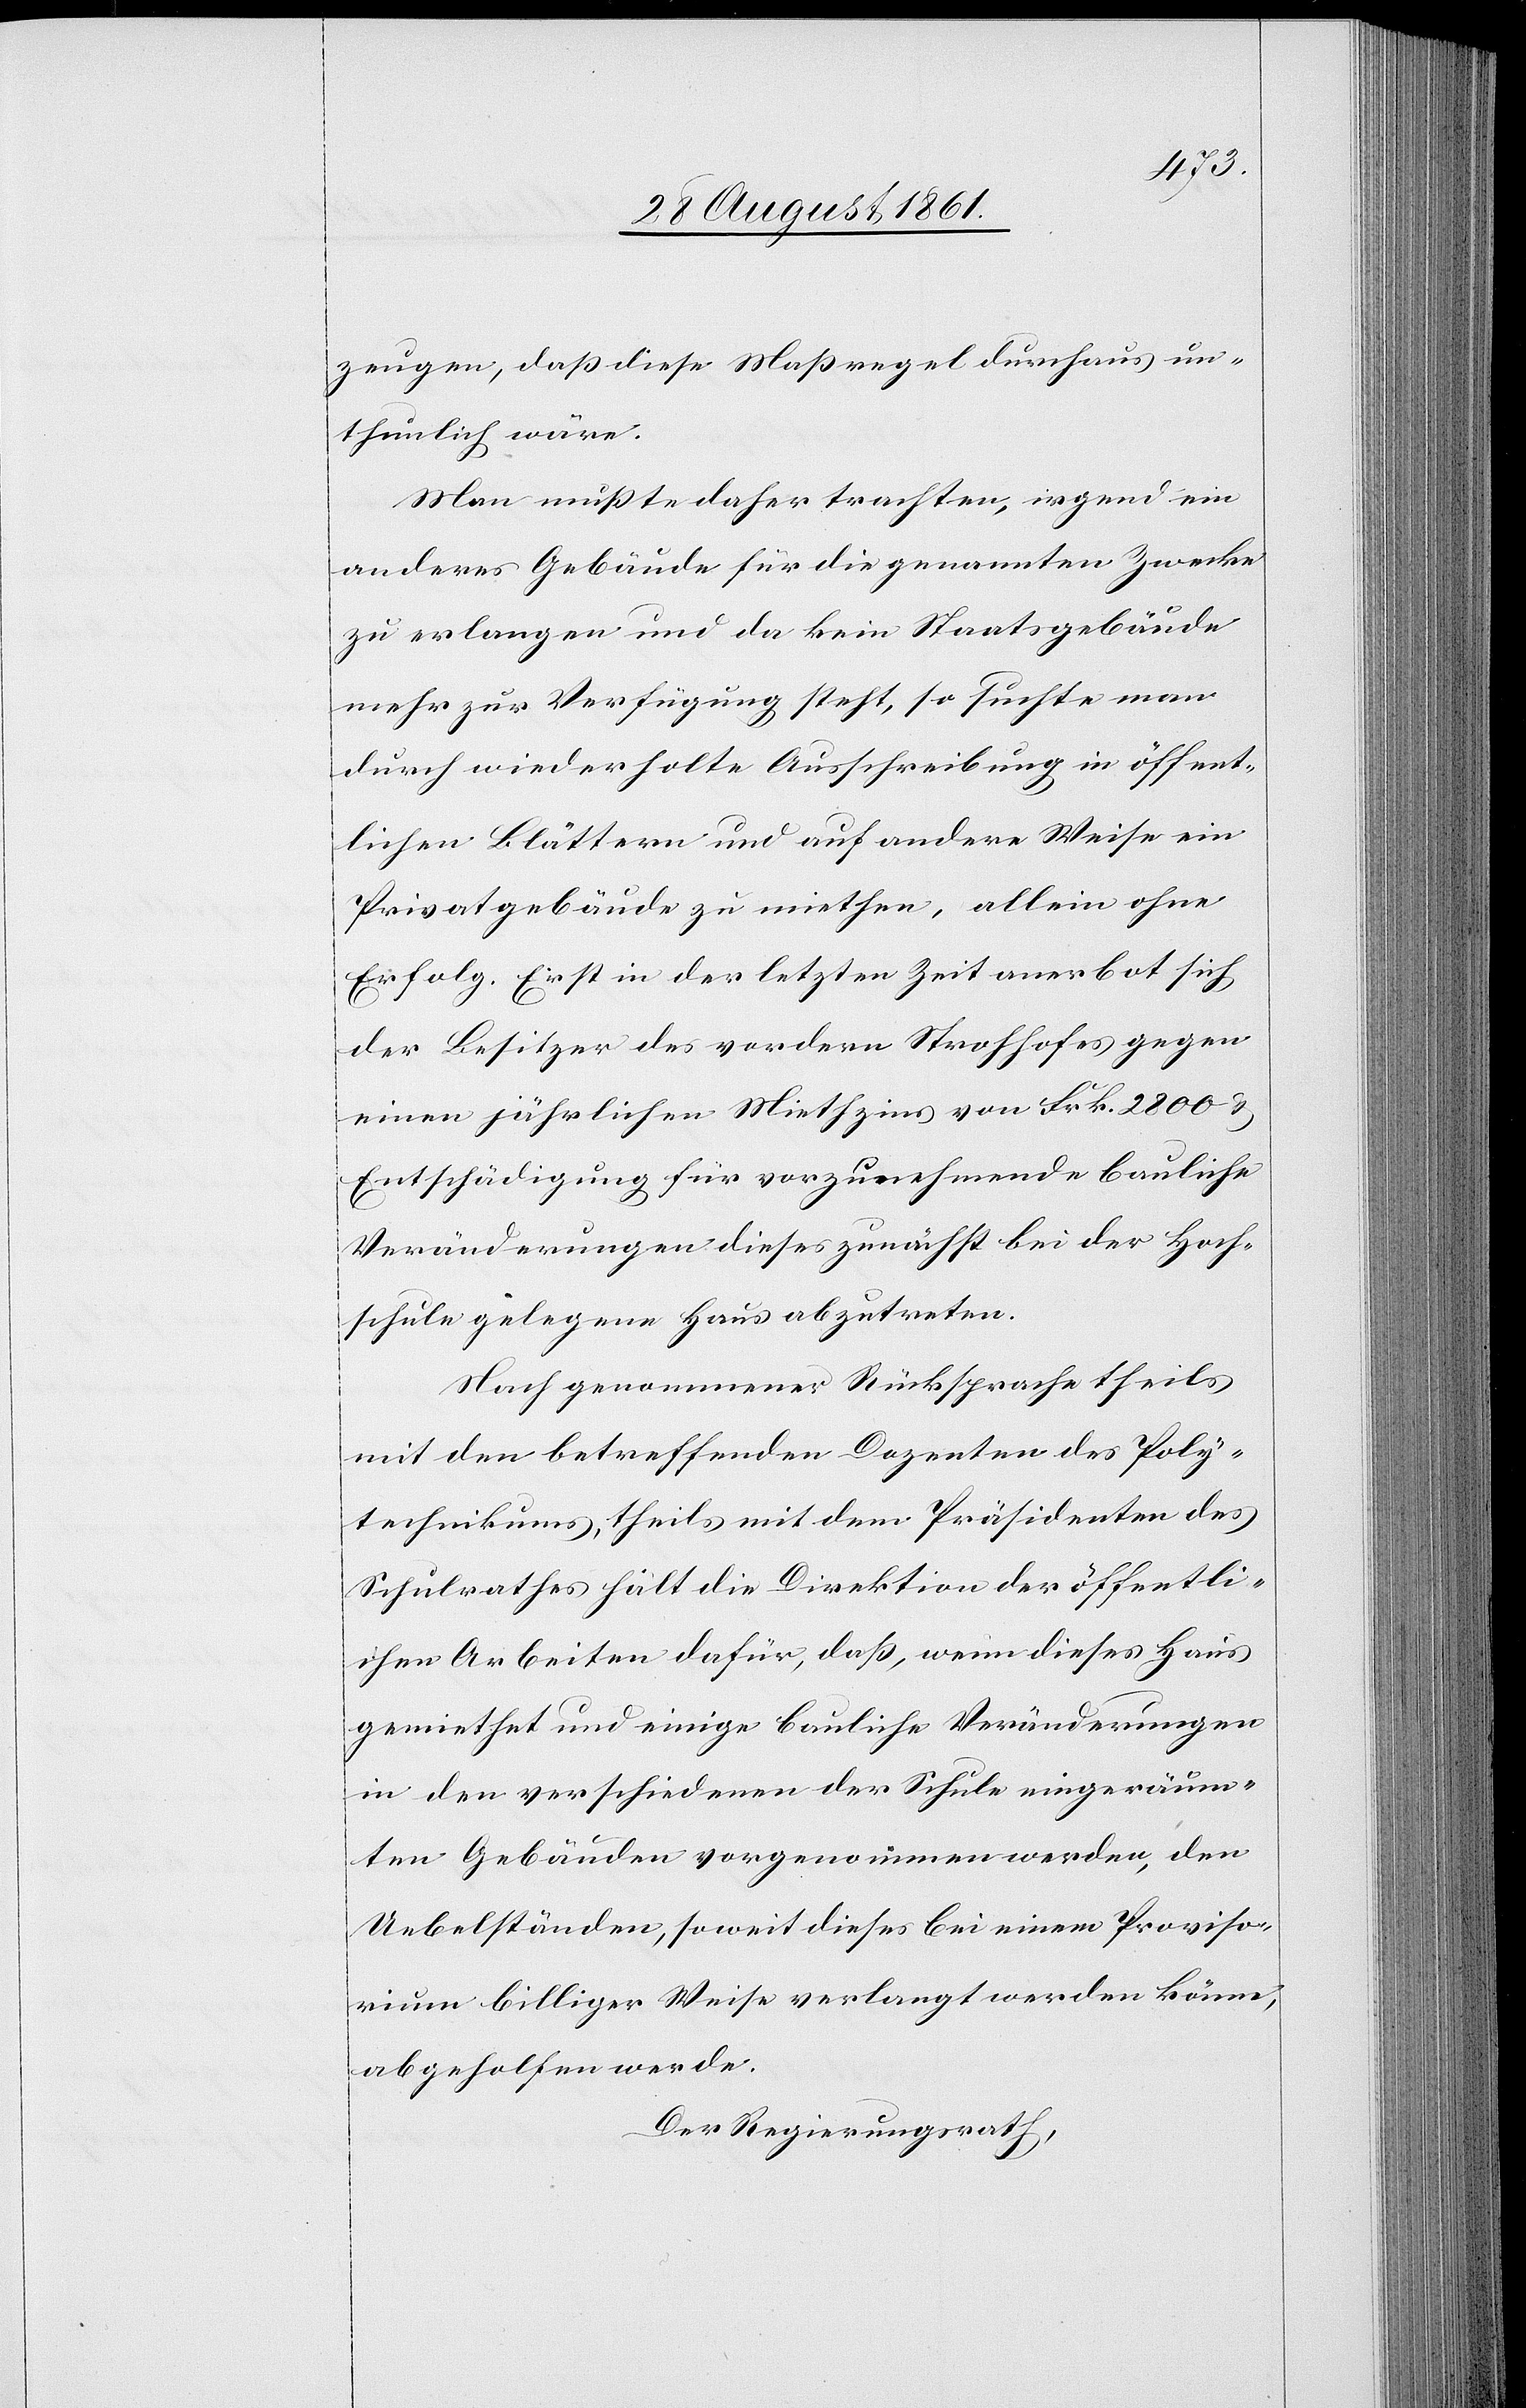
zeugen, daß diese Maßregel durchaus un¬
thunlich wäre.
Man mußte daher trachten, irgend ein
anderes Gebäude für die genannten Zwecke
zu erlangen und da kein Staatsgebäude
mehr zur Verfügung steht, so suchte man
durch wiederholte Ausschreibung in öffent¬
lichen Blättern, und auf andere Weise ein
Privatgebäude zu miethen, allein ohne
Erfolg. Erst in der letzten Zeit anerbot sich
der Besitzer des vordern Strohhofes gegen
einen jährlichen Miethzins von Frk. 2800 u.
Entschädigung für vorzunehmende bauliche
Veränderungen dieses zunächst bei der Hoch¬
schule gelegene Haus abzutreten.
Nach genommener Rücksprache theils
mit den betreffenden Dozenten des Poly¬
technikums, theils mit dem Präsidenten des
Schulrathes hält die Direktion der öffentli¬
chen Arbeiten dafür, daß, wenn dieses Haus
gemiethet und einige bauliche Veränderungen
in den verschiedenen der Schule eingeräum¬
ten Gebäuden vorgenommen werden, den
Uebelständen, soweit dieses bei einem Proviso¬
rium billiger Weise verlangt werden könne,
abgeholfen werde.
Der Regierungsrath,